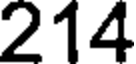
214